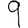
Digit: 9